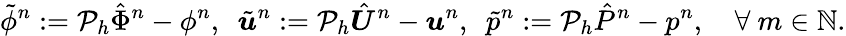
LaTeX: \tilde{\phi}^{n}:=\mathcal{P}_{h}\hat{\Phi}^{n}-\phi^{n},\, \, \, \tilde{\boldsymbol{u}}^{n}:=\mathcal{P}_{h}\hat{\boldsymbol{U}}^{n}-\boldsymbol{u}^{n},\, \, \, \tilde{p}^{n}:=\mathcal{P}_{h}\hat{P}^{n}-p^{n},\quad\forall\ m\in\mathbb{N}.